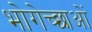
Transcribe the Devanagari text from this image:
भोगेच्छाओं